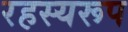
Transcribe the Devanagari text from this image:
रहस्यरूप